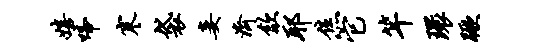
嬉啼寒袋妾济歙耶焦它竿环蹶